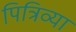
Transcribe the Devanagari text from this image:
पित्रिव्या